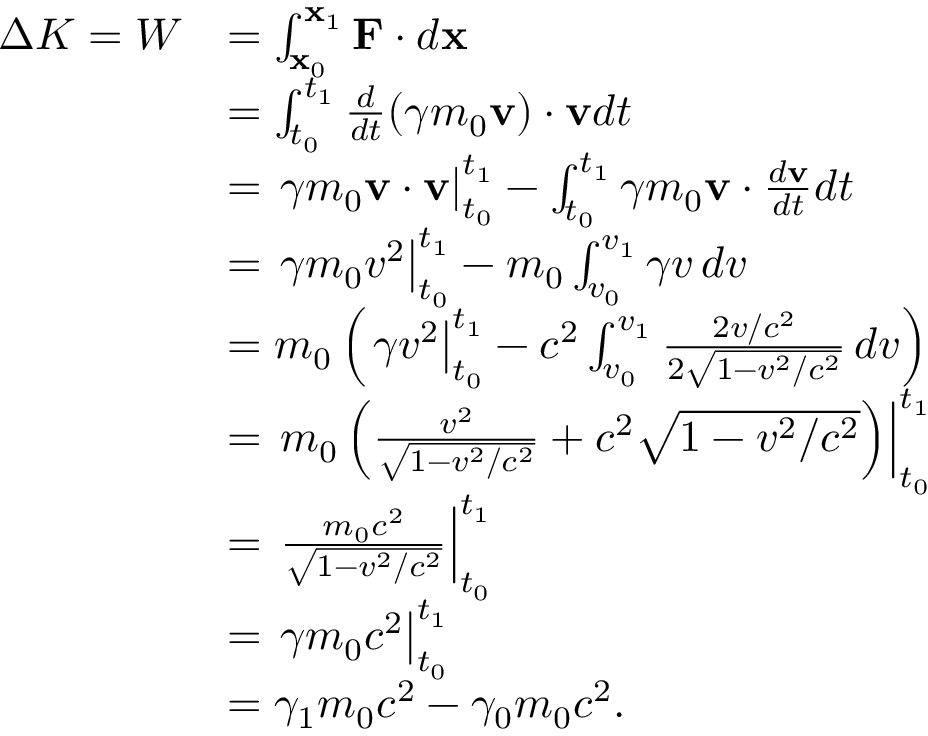
{ \begin{array} { r l } { \Delta K = W } & { = \int _ { \mathbf { x } _ { 0 } } ^ { \mathbf { x } _ { 1 } } \mathbf { F } \cdot d \mathbf { x } } \\ & { = \int _ { t _ { 0 } } ^ { t _ { 1 } } { \frac { d } { d t } } ( \gamma m _ { 0 } \mathbf { v } ) \cdot \mathbf { v } d t } \\ & { = \left. \gamma m _ { 0 } \mathbf { v } \cdot \mathbf { v } \right| _ { t _ { 0 } } ^ { t _ { 1 } } - \int _ { t _ { 0 } } ^ { t _ { 1 } } \gamma m _ { 0 } \mathbf { v } \cdot { \frac { d \mathbf { v } } { d t } } d t } \\ & { = \left. \gamma m _ { 0 } v ^ { 2 } \right| _ { t _ { 0 } } ^ { t _ { 1 } } - m _ { 0 } \int _ { v _ { 0 } } ^ { v _ { 1 } } \gamma v \, d v } \\ & { = m _ { 0 } \left( \left. \gamma v ^ { 2 } \right| _ { t _ { 0 } } ^ { t _ { 1 } } - c ^ { 2 } \int _ { v _ { 0 } } ^ { v _ { 1 } } { \frac { 2 v / c ^ { 2 } } { 2 { \sqrt { 1 - v ^ { 2 } / c ^ { 2 } } } } } \, d v \right) } \\ & { = \left. m _ { 0 } \left( { \frac { v ^ { 2 } } { \sqrt { 1 - v ^ { 2 } / c ^ { 2 } } } } + c ^ { 2 } { \sqrt { 1 - v ^ { 2 } / c ^ { 2 } } } \right) \right| _ { t _ { 0 } } ^ { t _ { 1 } } } \\ & { = \left. { \frac { m _ { 0 } c ^ { 2 } } { \sqrt { 1 - v ^ { 2 } / c ^ { 2 } } } } \right| _ { t _ { 0 } } ^ { t _ { 1 } } } \\ & { = \left. { \gamma m _ { 0 } c ^ { 2 } } \right| _ { t _ { 0 } } ^ { t _ { 1 } } } \\ & { = \gamma _ { 1 } m _ { 0 } c ^ { 2 } - \gamma _ { 0 } m _ { 0 } c ^ { 2 } . } \end{array} }